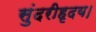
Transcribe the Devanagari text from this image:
सुंदरीहृदय।